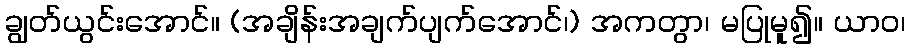
ချွတ်ယွင်းအောင်။ (အချိန်းအချက်ပျက်အောင်၊) အကတွာ၊ မပြုမူ၍။ ယာဝ၊